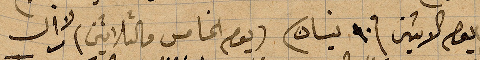
يوم الاثنين ١٠ نيسان (يوم الخامس والثلاثين)